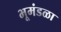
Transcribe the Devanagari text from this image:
भूमंडळा